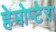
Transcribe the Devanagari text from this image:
हेमोप्टेरा